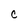
Character: C